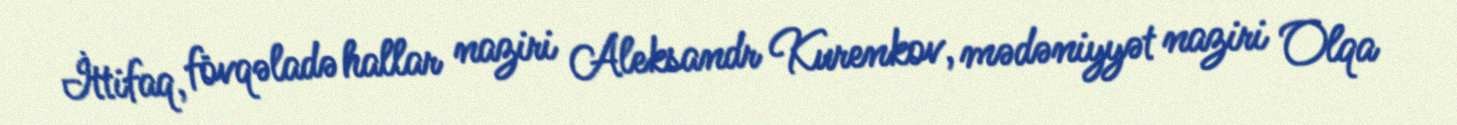
İttifaq, fövqəladə hallar naziri Aleksandr Kurenkov, mədəniyyət naziri Olqa